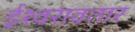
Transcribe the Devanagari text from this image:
ईश्वरावतार